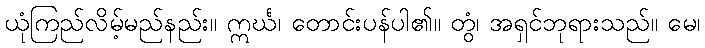
ယုံကြည်လိမ့်မည်နည်း။ ဣင်္ဃ၊ တောင်းပန်ပါ၏။ တွံ၊ အရှင်ဘုရားသည်။ မေ၊